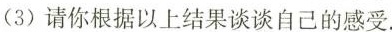
(3)请你根据以上结果谈谈自己的感受.